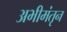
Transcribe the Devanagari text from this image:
अभीमंतृन